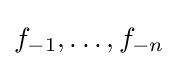
f_{-1},\dots ,f_{-n}